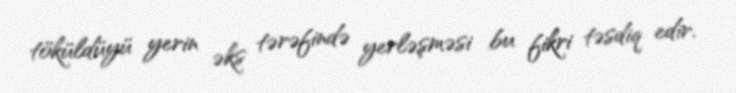
töküldüyü yerin əks tərəfində yerləşməsi bu fikri təsdiq edir.